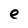
Character: e